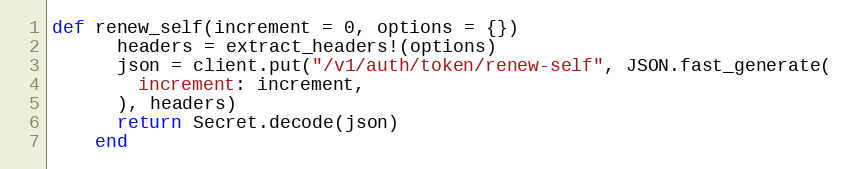
Language: Ruby
def renew_self(increment = 0, options = {})
      headers = extract_headers!(options)
      json = client.put("/v1/auth/token/renew-self", JSON.fast_generate(
        increment: increment,
      ), headers)
      return Secret.decode(json)
    end